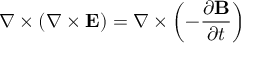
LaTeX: \nabla \times \left( \nabla \times \mathbf { E } \right) = \nabla \times \left( - { \frac { \partial \mathbf { B } } { \partial t } } \right)